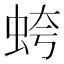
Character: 𧊘